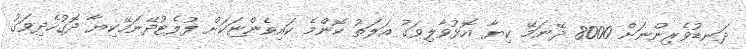
ދަނޑުވެރިންނަށް 8000 ދޭނަމޭ ކިޔާ އޮޅުވާލިވަގު އަލަތު ކޮންމެ ކައިވެންޏަކަށް ފުލެޓުދޭނަމޭކިޔާ ދޮގުހެދިވަގު